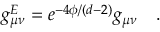
g _ { \mu \nu } ^ { E } = e ^ { - 4 \phi / ( d - 2 ) } g _ { \mu \nu } \quad .